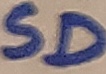
Text: SD